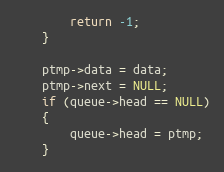
Language: C
		return -1;
	}

	ptmp->data = data;
	ptmp->next = NULL;
	if (queue->head == NULL)
	{
		queue->head = ptmp;
	}